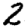
Digit: 2